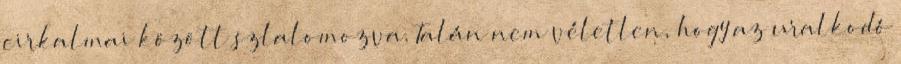
cirkalmai között szlalomozva. Talán nem véletlen, hogy az uralkodó